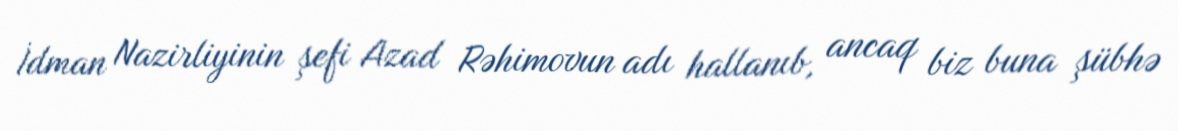
İdman Nazirliyinin şefi Azad Rəhimovun adı hallanıb, ancaq biz buna şübhə